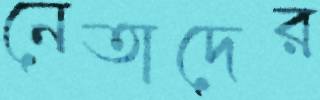
নেতাদের